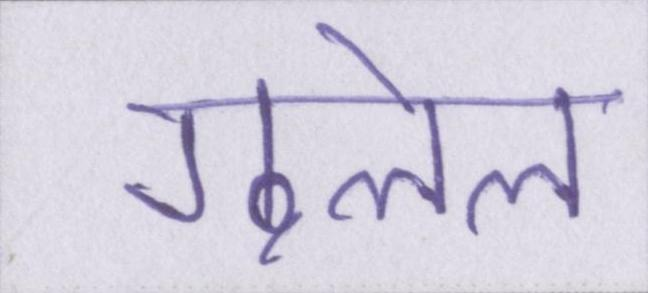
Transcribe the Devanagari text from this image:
गुलेल